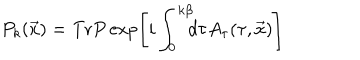
P _ { k } ( \vec { x } ) = \mathrm { T r } P \exp \left[ i \int _ { 0 } ^ { k \beta } \! \! \! d \tau A _ { \tau } ( \tau , \vec { x } ) \right]